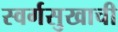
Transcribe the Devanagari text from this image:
स्वर्गसुखाची